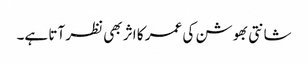
شانتی بھوشن کی عمر کا اثر بھی نظر آتا ہے۔